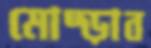
মোষ্‌ড়াব